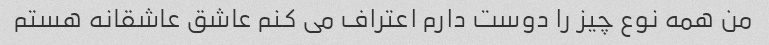
من همه نوع چیز را دوست دارم اعتراف می کنم عاشق عاشقانه هستم